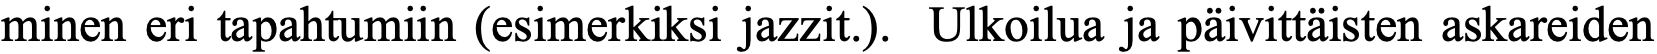
minen eri tapahtumiin (esimerkiksi jazzit.). Ulkoilua ja päivittäisten askareiden